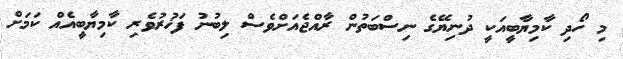
މި ހޯދި ކާމިޔާބީއަކީ ދުނިޔޭގެ ނިސްބަތުން ރާއްޖެއަށްވެސް ލިބުނު ފަޚުރުވެރި ކާމިޔާބީއެއް ކަމަށް